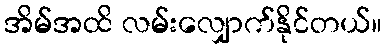
အိမ်အထိ လမ်းလျှောက်နိုင်တယ်။